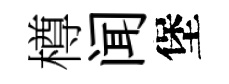
樽闻堡